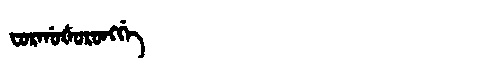
Manchu: ᠸᠣᡵᡤᠣᡧᠣᡵᠣᠩᡤᡝ
Romanization: FORGOŠORONGGE